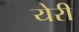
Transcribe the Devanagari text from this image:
येरी